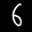
Label: 6